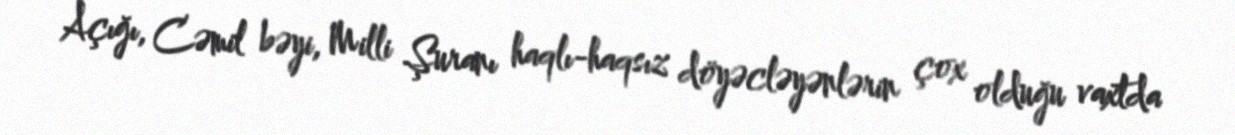
Açığı, Cəmil bəyi, Milli Şuranı haqlı-haqsız döyəcləyənlərin çox olduğu vaxtda